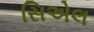
સિએલ